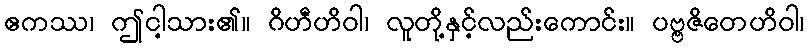
ဧကဿ၊ ဤငါ့သား၏။ ဂိဟီဟိဝါ၊ လူတို့နှင့်လည်းကောင်း။ ပဗ္ဗဇိတေဟိဝါ၊